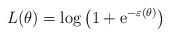
\begin{align*}L(\theta)=\log \left( 1+\mathrm{e}^{-\varepsilon \left( \theta \right)}\right)\end{align*}